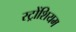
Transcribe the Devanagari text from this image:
स्ट्रोंशियम